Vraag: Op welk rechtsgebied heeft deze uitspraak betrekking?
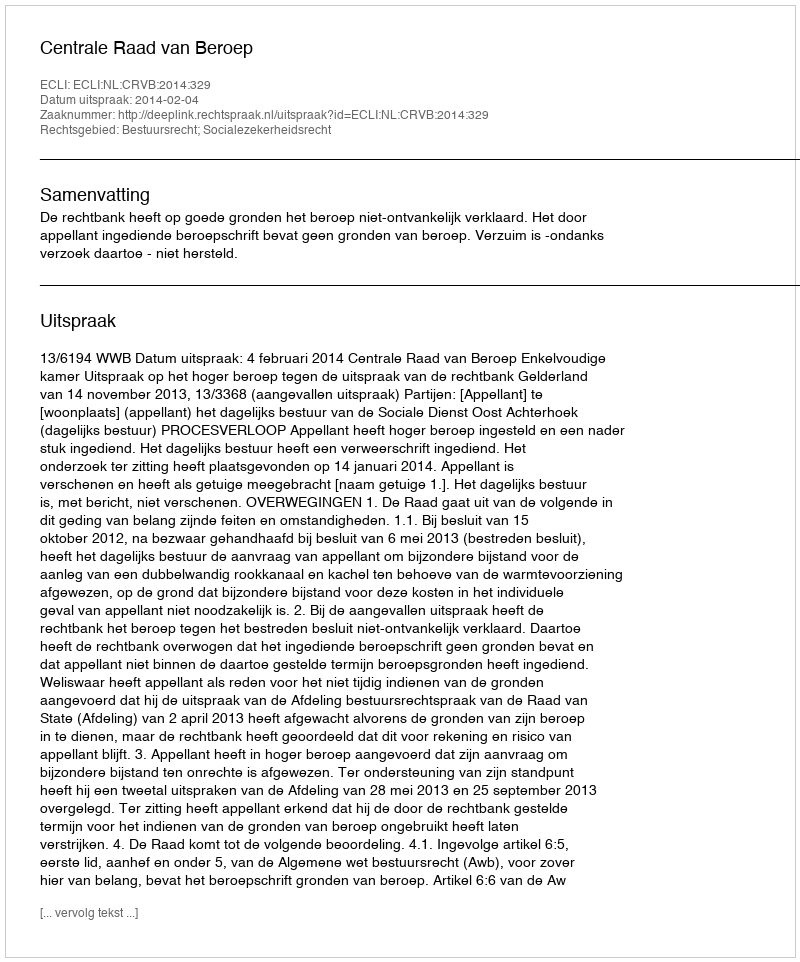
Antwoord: Bestuursrecht; Socialezekerheidsrecht